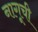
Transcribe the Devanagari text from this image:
नागूची